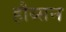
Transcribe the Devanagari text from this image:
हौब्सन